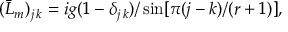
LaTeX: ( \bar { L } _ { m } ) _ { j \, k } = i g ( 1 - \delta _ { j \, k } ) / \sin [ \pi ( j - k ) / ( r + 1 ) ] ,